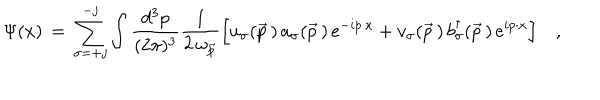
\Psi ( x ) \, = \, \sum _ { \sigma = + j } ^ { - j } \int { \frac { d ^ { 3 } p } { ( 2 \pi ) ^ { 3 } } } { \frac { 1 } { 2 \, \omega _ { \vec { p } } } } \Big [ u _ { \sigma } ( \vec { p } \, ) \, a _ { \sigma } ( \vec { p } \, ) \, e ^ { - i p \cdot x } + v _ { \sigma } ( \vec { p } \, ) \, b _ { \sigma } ^ { \dagger } ( \vec { p } \, ) \, e ^ { i p \cdot x } \Bigr ] \quad ,